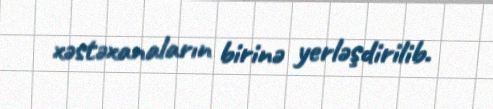
xəstəxanaların birinə yerləşdirilib.